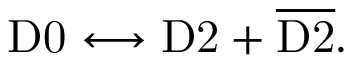
\mathrm { D 0 } \longleftrightarrow \mathrm { D 2 } + { \overline { { \mathrm { D 2 } } } } .